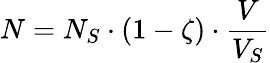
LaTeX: N=N_{S}\cdot(1-\zeta)\cdot\frac{V}{V_{S}}